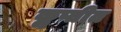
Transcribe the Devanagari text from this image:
कॢप्तीत